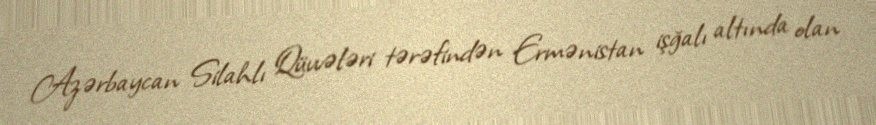
Azərbaycan Silahlı Qüvvələri tərəfindən Ermənistan işğalı altında olan